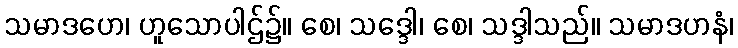
သမာဒဟေ၊ ဟူသောပါဌ်၌။ စေ၊ သဒ္ဒေါ၊ စေ၊ သဒ္ဒါသည်။ သမာဒဟနံ၊